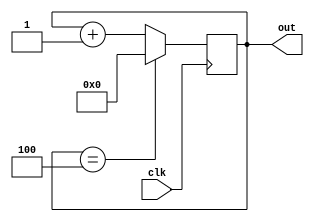
module PC(clk, out);
input wire clk;
output reg[3:0] out;

always @(negedge clk) begin
	if(out == 4'b0100) out = 4'b0000;
	else out = out + 1;
end

endmodule